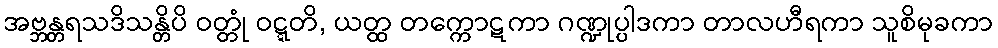
အဗ္ဘန္တရသဒိသန္တိပိ ဝတ္တုံ ဝဋ္ဋတိ, ယတ္ထ တက္ကောဋကာ ဂဏ္ဍုပ္ပါဒကာ တာလဟီရကာ သူစိမုခကာ